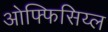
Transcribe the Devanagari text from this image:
ओफ्फिसिय्ल